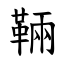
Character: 䩫